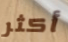
أكثر